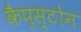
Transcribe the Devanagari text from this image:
कैप्स्टोन